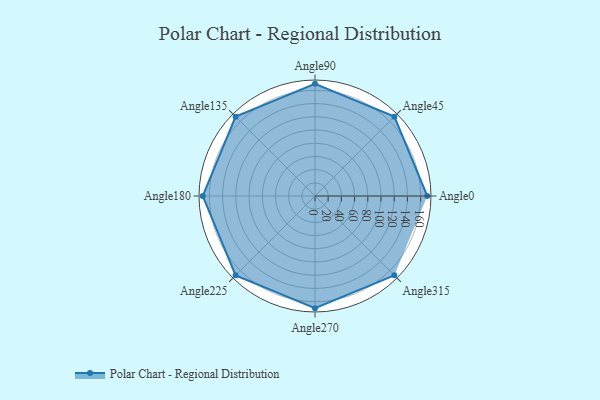
{"axis": {"x": "Angle", "y": "Radius"}, "legend": [""], "data": [{"x": "Angle0", "y": 170.0, "type": ""}, {"x": "Angle45", "y": 170, "type": ""}, {"x": "Angle90", "y": 170, "type": ""}, {"x": "Angle135", "y": 170, "type": ""}, {"x": "Angle180", "y": 170, "type": ""}, {"x": "Angle225", "y": 170, "type": ""}, {"x": "Angle270", "y": 170, "type": ""}, {"x": "Angle315", "y": 170, "type": ""}]}